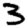
Digit: 3